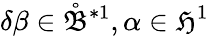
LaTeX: \delta\beta\in\mathring{\mathfrak{B}}^{\ast 1},\alpha\in\mathfrak{H}^{1}